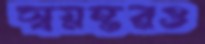
স্বয়ম্ভরও